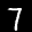
Label: 7